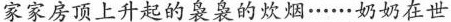
家家房顶上升起的袅袅的炊烟……奶奶在世